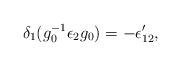
\begin{align*}\delta_1 (g_0^{-1} \epsilon_2 g_0) = - \epsilon'_{12},\end{align*}